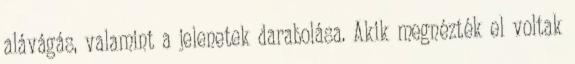
alávágás, valamint a jelenetek darabolása. Akik megnézték el voltak